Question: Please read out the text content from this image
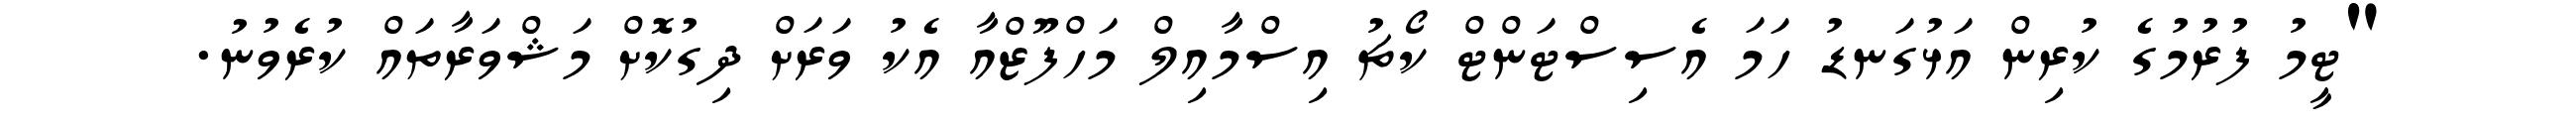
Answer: "ޓީމު ފުރުމުގެ ކުރިން އަޅުގަނޑު ހަމަ އެސިސްޓަންޓް ކޯޗު އިސްމާއިލް މަހްފޫޒްއާ އެކު ވަރަށް ދިގުކޮށް މަޝްވަރާތައް ކުރެވުނު.